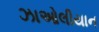
ઝાઓલીયાન